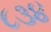
૮૩૪